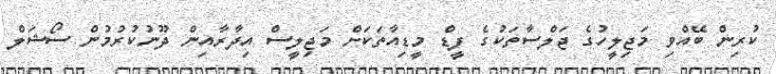
ކުރިން ބޭއްވި މަޖިލީހުގެ ޖަލްސާތަކުގެ ފީޑް މީޑިއާތަކަށް މަޖިލީސް އިދާރާއިން ދޫނުކުރުމުން ސޯޝަލް